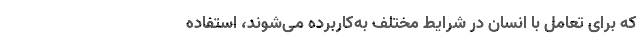
که برای تعامل با انسان در شرایط مختلف به‌کاربرده می‌شوند، استفاده